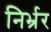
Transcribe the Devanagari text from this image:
निर्भ्रर